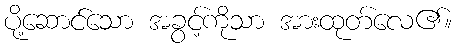
ပို့ဆောင်သော အခွင့်ကိုသာ အားထုတ်လေ၏။